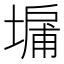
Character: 𪤔